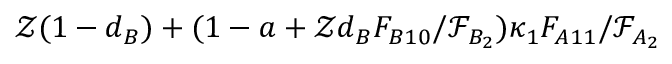
\mathcal { Z } ( 1 - d _ { B } ) + ( 1 - a + \mathcal { Z } d _ { B } F _ { B 1 0 } / \mathcal { F } _ { B _ { 2 } } ) \kappa _ { 1 } F _ { A 1 1 } / \mathcal { F } _ { A _ { 2 } }